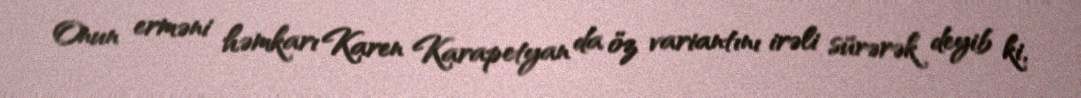
Onun erməni həmkarı Karen Karapetyan da öz variantını irəli sürərək deyib ki,